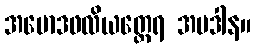
အမောဒဖလိယတ္ထေရ အပဒါန။